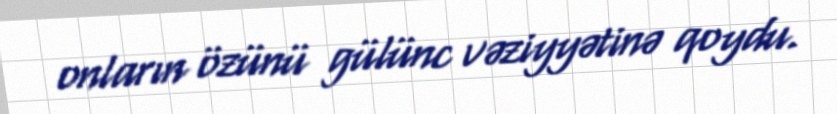
onların özünü gülünc vəziyyətinə qoydu.